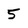
Character: 5